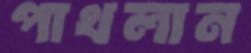
পাখলান